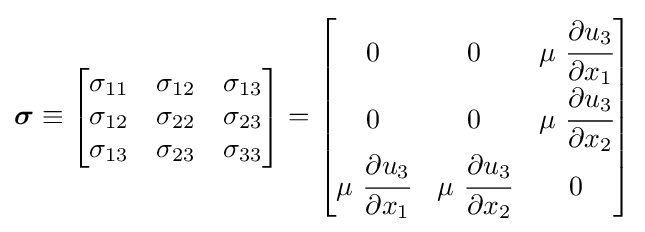
{\boldsymbol {\sigma }}\equiv {\begin{bmatrix}\sigma _{11}&\sigma _{12}&\sigma _{13}\\\sigma _{12}&\sigma _{22}&\sigma _{23}\\\sigma _{13}&\sigma _{23}&\sigma _{33}\end{bmatrix}}={\begin{bmatrix}0&0&\mu ~{\cfrac {\partial u_{3}}{\partial x_{1}}}\\0&0&\mu ~{\cfrac {\partial u_{3}}{\partial x_{2}}}\\\mu ~{\cfrac {\partial u_{3}}{\partial x_{1}}}&\mu ~{\cfrac {\partial u_{3}}{\partial x_{2}}}&0\end{bmatrix}}